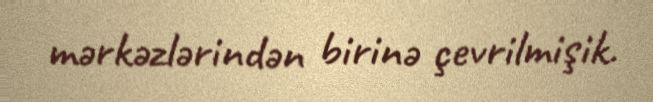
mərkəzlərindən birinə çevrilmişik.